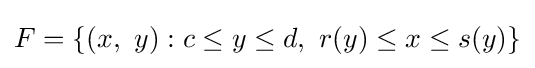
F=\left\{(x,\ y):c\leq y\leq d,\ r(y)\leq x\leq s(y)\right\}